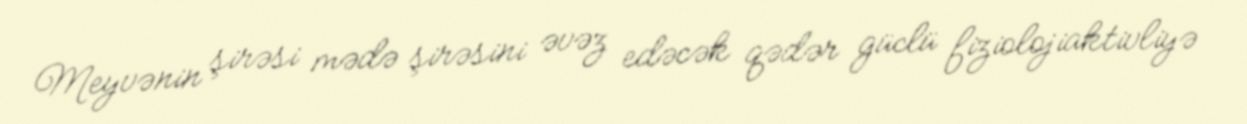
Meyvənin şirəsi mədə şirəsini əvəz edəcək qədər güclü fiziolojiaktivliyə